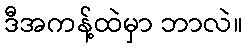
ဒီအကန့်ထဲမှာ ဘာလဲ။